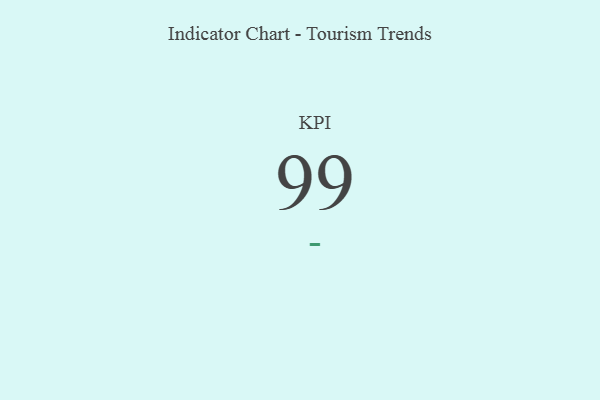
{"axis": {"x": "KPI", "y": "Value"}, "legend": [""], "data": [{"x": "KPI", "y": 99, "type": ""}]}